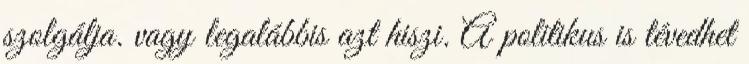
szolgálja. vagy legalábbis azt hiszi. A politikus is tévedhet